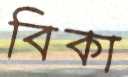
বিকা